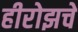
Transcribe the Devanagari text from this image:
हीरोझचे